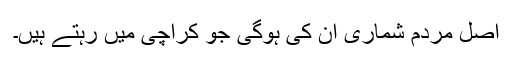
اصل مردم شماری ان کی ہوگی جو کراچی میں رہتے ہیں۔